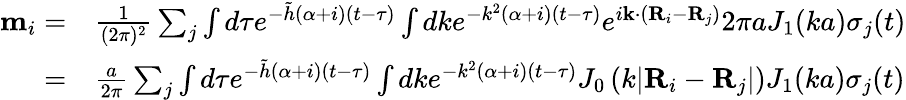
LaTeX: \begin{array}{rl}{{\mathbf m}_{i}=}&{\frac{1}{(2\pi)^{2}}\sum_{j}\int d\tau e^{-\tilde{h}(\alpha+i)(t-\tau)}\int dke^{-k^{2}(\alpha+i)(t-\tau)}e^{i{\mathbf k}\cdot({\mathbf R}_{i}-{\mathbf R}_{j})}2\pi aJ_{1}(ka)\sigma_{j}(t)}\\ {=}&{\frac{a}{2\pi}\sum_{j}\int d\tau e^{-\tilde{h}(\alpha+i)(t-\tau)}\int dke^{-k^{2}(\alpha+i)(t-\tau)}J_{0}\left(k\lvert{\mathbf R}_{i}-{\mathbf R}_{j}\rvert\right)J_{1}(ka)\sigma_{j}(t)}\end{array}